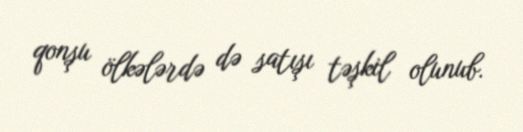
qonşu ölkələrdə də satışı təşkil olunub.